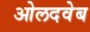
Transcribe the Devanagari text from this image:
ओलदवेब